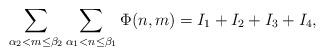
LaTeX: \begin{align*}\sum_{\alpha_2<m\leq \beta_2}\sum_{\alpha_1<n\leq \beta_1} \Phi(n,m)=I_1+I_2+I_3+I_4,\end{align*}